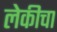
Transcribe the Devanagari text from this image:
लेकीचा